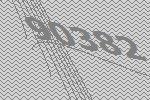
90382